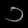
Digit: ၁